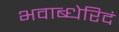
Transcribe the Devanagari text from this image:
भवाब्धेरिदं